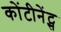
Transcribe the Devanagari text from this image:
कोंटीनेंट्स